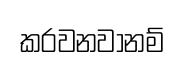
කරවනවානම්